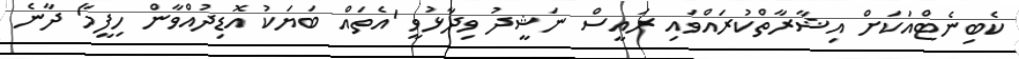
ކެބިނެޓްއަކަށް އިޝާރާތްކުރައްވައި ރައީސް ނަޝީދު ވިދާޅުވީ 'އެތައް ބަޔަކު އޮޑިދުއްވާން ހިފީމާ' ދާނެ